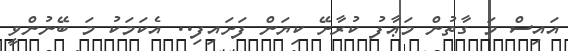
އައިސް މަ ގާތުން މަޢާފު ކުރާށޭ ކިޔަން ފަށައިފި.. އެކަމަކު މަ ބޭނުންވީ